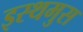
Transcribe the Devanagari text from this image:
इस्थमुस